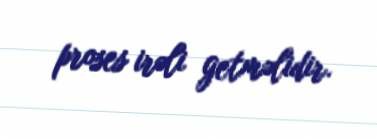
proses irəli getməlidir.